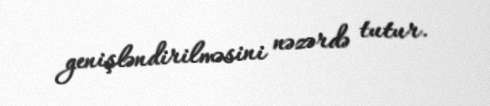
genişləndirilməsini nəzərdə tutur.